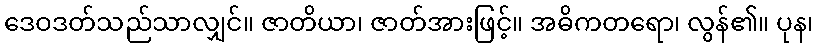
ဒေဝဒတ်သည်သာလျှင်။ ဇာတိယာ၊ ဇာတ်အားဖြင့်။ အဓိကတရော၊ လွန်၏။ ပုန၊